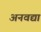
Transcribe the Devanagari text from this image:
अनवद्या